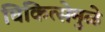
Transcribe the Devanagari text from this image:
चिकित्सेमुळे